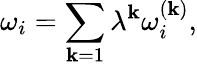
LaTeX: \omega_{i}=\sum_{\mathbf{k}=1}\lambda^{\mathbf{k}}\omega_{i}^{(\mathbf{k})},